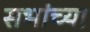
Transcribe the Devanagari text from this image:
सभांच्या